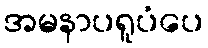
အမနာပရူပံပေ